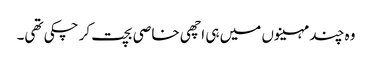
وہ چند مہینوں میں ہی اچھی خاصی بچت کر چکی تھی۔